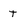
Character: t